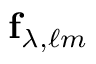
\mathbf { f } _ { \lambda , \ell m }